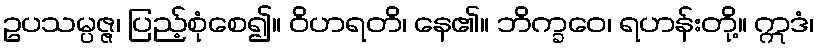
ဥပသမ္ပဇ္ဇ၊ ပြည့်စုံစေ၍။ ဝိဟရတိ၊ နေ၏။ ဘိက္ခဝေ၊ ရဟန်းတို့။ ဣဒံ၊